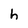
Character: h